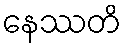
နေဿတိ